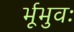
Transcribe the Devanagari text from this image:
र्भूभुवः